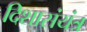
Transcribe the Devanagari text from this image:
दिशासंयंत्र